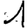
Digit: 1